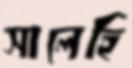
সালেহি